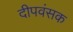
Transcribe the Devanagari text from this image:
दीपवंसक